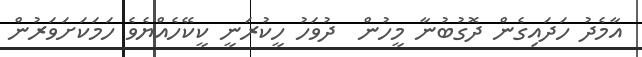
އާމެދު ހަދައިގެން ދޮގުބުނާ މީހުން  ދުވަހު ހީކުރަނީ ކީކޭހެއްޔެވެ ހަމަކަށަވަރުން